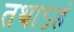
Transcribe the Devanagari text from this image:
तथाऽहं